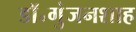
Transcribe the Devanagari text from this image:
डॉ॰गुंजनशाह